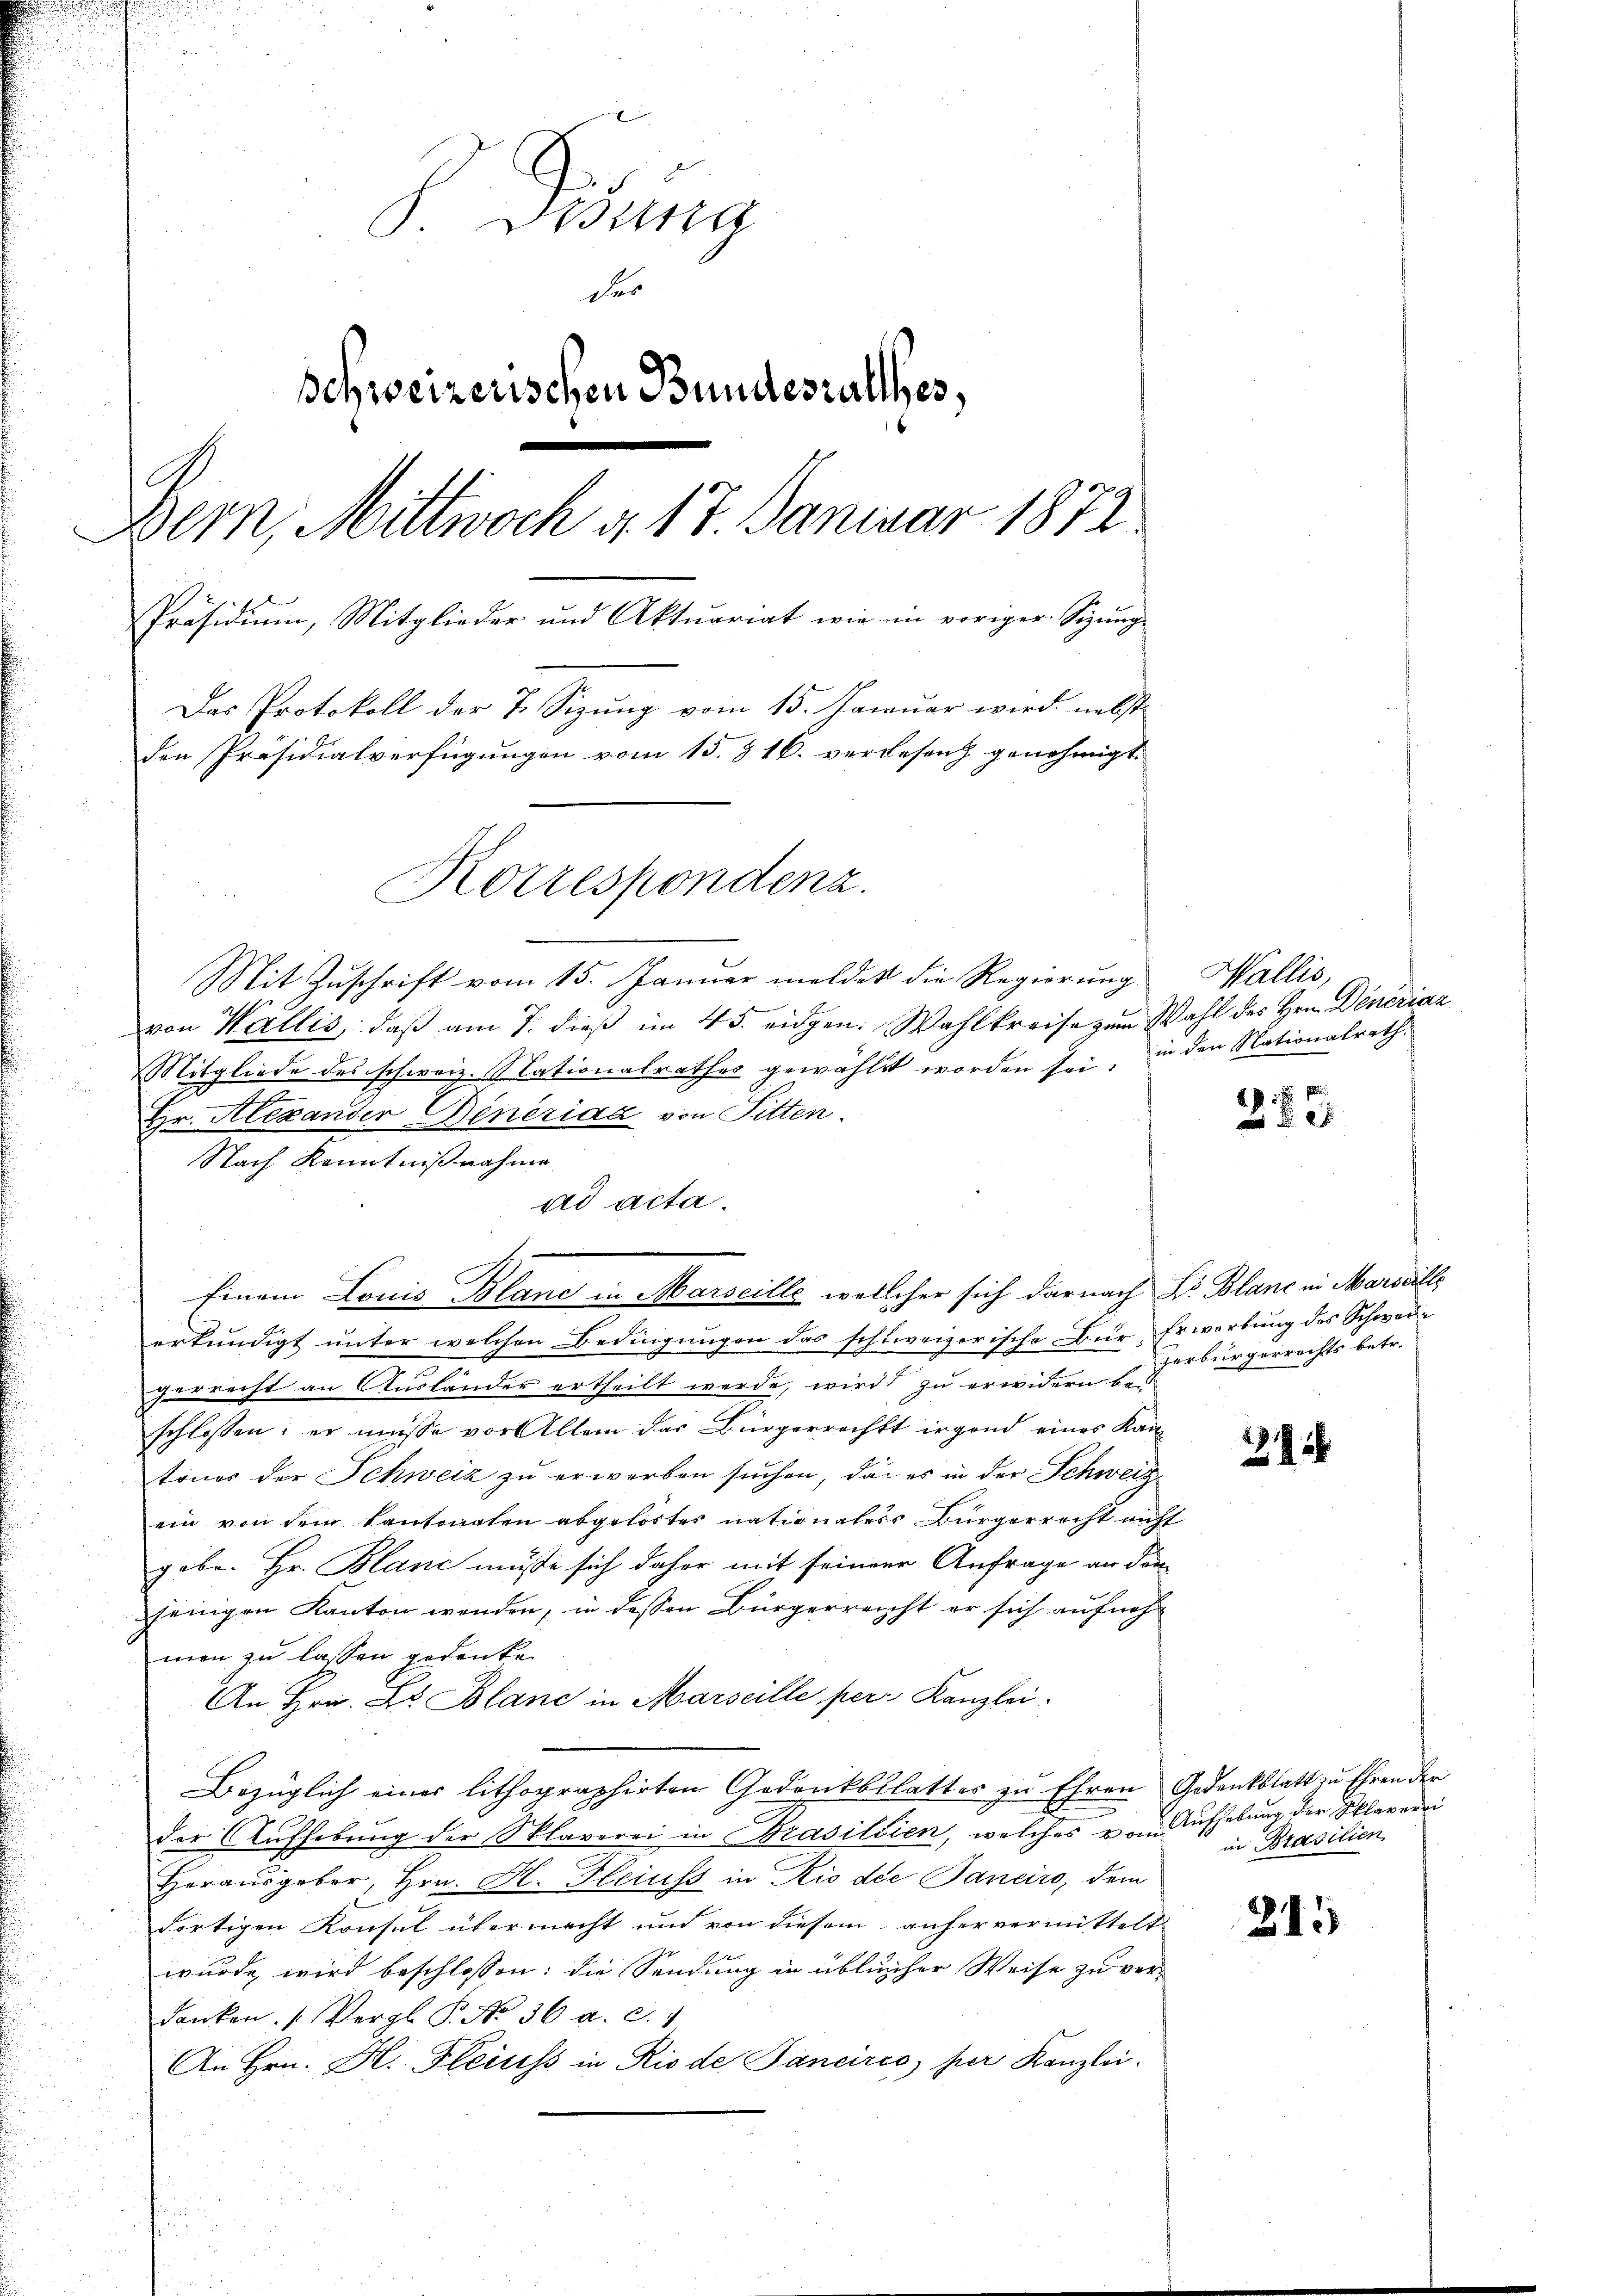
S. Tibung
des
Schweizerischen Bundesralles,
Bern, Mittwoch d. 17. Januar 1872.
Präsidium, Mitglieder und Aktuariat wie in voriger Sitzung
Das Protokoll der 7. Sizung vom 15. Januar wird nebst
den Präsidialverfügŭngen vom 15. 316. verlesen genehmigt.
Korrespondenz.

Mit Zuschrift vom 15. Januar meldet die Regierung
von Wallis, daß am 7. dieß im 43. eidgen. Wahlkreise zum Wahl des Hrn. Dinériaz
Mitgliede des schweiz. Nationalrathes gewählt worden sei, in den Nationalrath
7
Hr. Alexander Dinérial von Fitten.
Nach Kenntnißnahme
ad acta.
Einem Louis Blane in Marseille, welcher sich darnach Dr. Blanc in Marcailli
erkundigt unter welchen Bedingungen das schweizerische Bür Erwerbung des Schwerzerrecht an Ausländer ertheilt werde, wird zu erwidern be-
schlossen; er müsse vor Allem das Bürgerrecht irgend eines Kan
tones der Schweiz zu erwerben suchen, da es in der Schweiz
ein von dem Cantonalen abgelöstes nationalers Bürgerrecht nicht
gebe. Hr. Blanc müsse sich daher mit seiner Anfrage an dem
jenigen Kanton werden, in dessen Bürgerreicht er sich aufneh-
men zu lassen gedenke.
An Hrn. Dr. Blanc in Marseille per Kanzlei.
Bezüglich einer lithographirten Gedankbblatter zu Ehren Gedenkblatt zu Ehren der
u
der Aufhebung der Sklaverei in Brasilien, welches vom Aufhebung der Sklaverei
Herausgeber, Hrn. H. Heiss in Rio die Panciro, dem
dortigen Konsul übermacht und von diesem anher vermittelt
wurde wird beschlossen: die Sendung in üblicher Weise zu ver-
danken. (Vergl. P. No 36 a. c. 1
An Hrn. H. Fleiss in Rio de Pancires, per Kanzlei.

Wallis,
283

zerbürgerrechts betr.

242

in Brasilien.

215